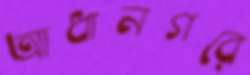
আধানগরে